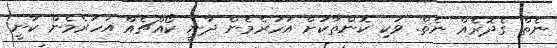
ނެތް ގެދޮރެއް ނެތް. ވަކި ކޮންތާކަށް އަހަރެމެން ދާނީ ކޯއްޗެއް އަހަރެމެން ކާނީ